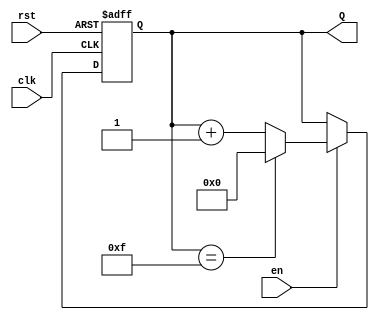
module up_counter (
    input wire clk,      // Clock signal
    input wire en,       // Enable signal
    input wire rst,      // Reset signal
    output reg [3:0] Q   // 4-bit counter output
);

    // Always block triggered on the rising edge of the clock
    always @(posedge clk or posedge rst) begin
        if (rst) begin
            // Reset the counter to zero
            Q <= 4'b0000;
        end else if (en) begin
            // Increment the counter if enable is high
            if (Q == 4'b1111) begin
                Q <= 4'b0000; // Wrap around to zero
            end else begin
                Q <= Q + 1'b1; // Increment the counter
            end
        end
        // If enable is low, retain the current value of Q
    end

endmodule